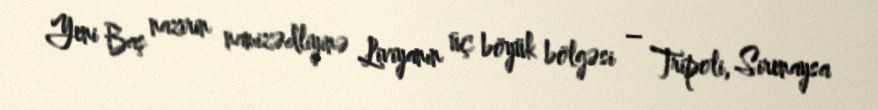
Yeni Baş nazirin namizədliyinə Liviyanın üç böyük bölgəsi – Tripoli, Sirenaysa